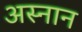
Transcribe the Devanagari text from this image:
अस्नान